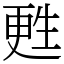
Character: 甦